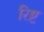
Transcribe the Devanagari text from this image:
रिष्ट